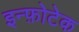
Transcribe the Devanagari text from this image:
इन्फ़ोटेक